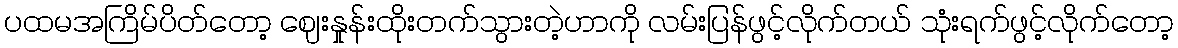
ပထမအကြိမ်ပိတ်တော့ ဈေးနှုန်းထိုးတက်သွားတဲ့ဟာကို လမ်းပြန်ဖွင့်လိုက်တယ် သုံးရက်ဖွင့်လိုက်တော့